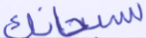
سبحانك